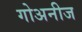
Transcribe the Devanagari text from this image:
गोअनीज